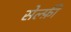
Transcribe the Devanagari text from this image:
सेल्फ़ी